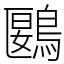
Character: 鶠